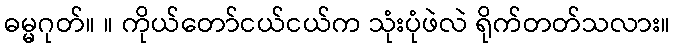
ဓမ္မဂုတ်။ ။ ကိုယ်တော်ငယ်ငယ်က သုံးပုံဖဲလဲ ရိုက်တတ်သလား။